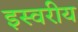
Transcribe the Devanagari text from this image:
इस्वरीय